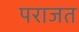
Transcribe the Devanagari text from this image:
पराजत